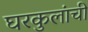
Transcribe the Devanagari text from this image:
घरकुलांची